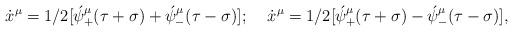
LaTeX: \begin{align*}\dot x^{\mu}=1/2[\acute \psi^{\mu}_+(\tau+\sigma)+\acute \psi^{\mu}_-(\tau-\sigma)];\;\;\;\;\dot x^{\mu}=1/2[\acute \psi^{\mu}_+(\tau+\sigma)-\acute \psi^{\mu}_-(\tau-\sigma)],\end{align*}